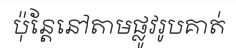
ប៉ុន្តែនៅតាមផ្លូវរូបគាត់